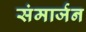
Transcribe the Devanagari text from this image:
संमार्जन